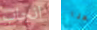
انجاب هنا